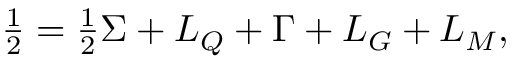
\textstyle \frac 1 2 = \frac 1 2 \Sigma + L _ { Q } + \Gamma + L _ { G } + L _ { M } ,